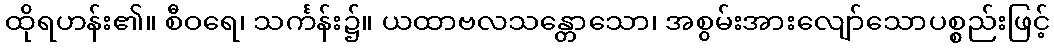
ထိုရဟန်း၏။ စီဝရေ၊ သင်္ကန်း၌။ ယထာဗလသန္တောသော၊ အစွမ်းအားလျော်သောပစ္စည်းဖြင့်